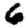
Digit: 6